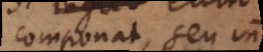
componat, seu in